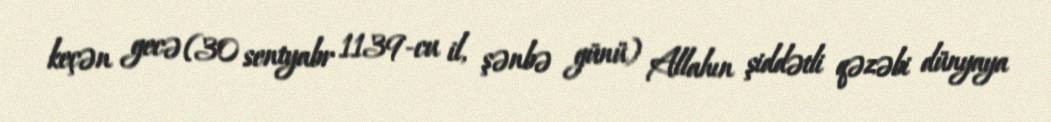
keçən gecə (30 sentyabr 1139-cu il, şənbə günü) Allahın şiddətli qəzəbi dünyaya